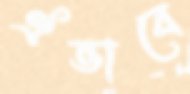
ঐভাবে